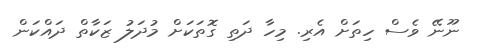
ނޫނޭ ވެސް ހިތަށް އެރި. މިހާ ދަތި ގޮތަކަށް މުދަލު ޒަކާތް ދައްކަން